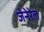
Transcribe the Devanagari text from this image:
जेनेरेल